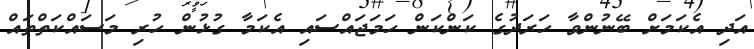
އަދި އެކަމަށް ބޭނުންވާ ހަރަދުގެ ކަންކަން ހަމަޖައްސައި އެކަމާ ގުޅުން ހުރި މަސައްކަތްތައް